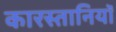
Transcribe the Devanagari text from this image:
कारस्तानियाॅ